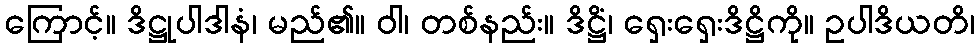
ကြောင့်။ ဒိဋ္ဌုပါဒါနံ၊ မည်၏။ ဝါ၊ တစ်နည်း။ ဒိဋ္ဌိံ၊ ရှေးရှေးဒိဋ္ဌိကို။ ဥပါဒိယတိ၊